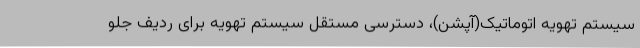
سیستم تهویه اتوماتیک(آپشن)، دسترسی مستقل سیستم تهویه برای ردیف جلو